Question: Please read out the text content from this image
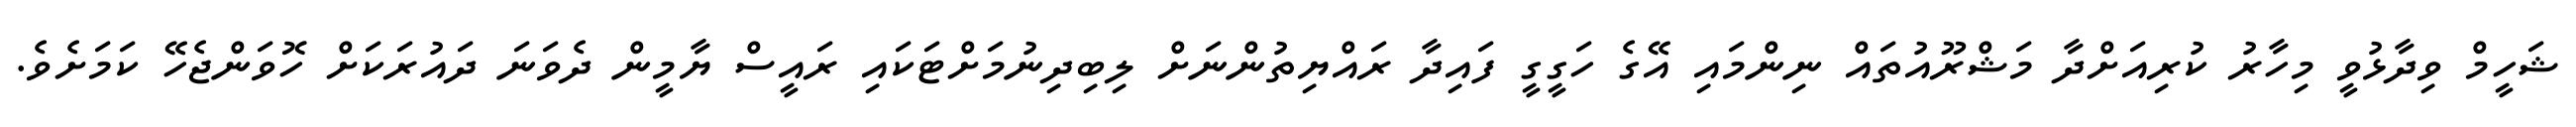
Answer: ޝަހީމް ވިދާޅުވީ މިހާރު ކުރިއަށްދާ މަޝްރޫއުތައް ނިންމައި އޭގެ ހަގީގީ ފައިދާ ރައްޔިތުންނަށް ލިބިދިނުމަށްޓަކައި ރައީސް ޔާމީން ދެވަނަ ދައުރަކަށް ހޮވަންޖެހޭ ކަމަށެވެ.